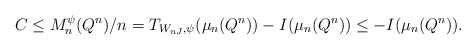
\begin{align*}C \le M_n^{\psi}(Q^n)/n = T_{W_{nJ},\psi}(\mu_n(Q^n)) - I(\mu_n(Q^n)) \le - I(\mu_n(Q^n)).\end{align*}